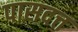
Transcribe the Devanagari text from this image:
पासदत्त